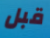
قبل